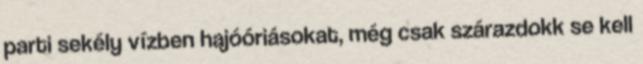
parti sekély vízben hajóóriásokat, még csak szárazdokk se kell